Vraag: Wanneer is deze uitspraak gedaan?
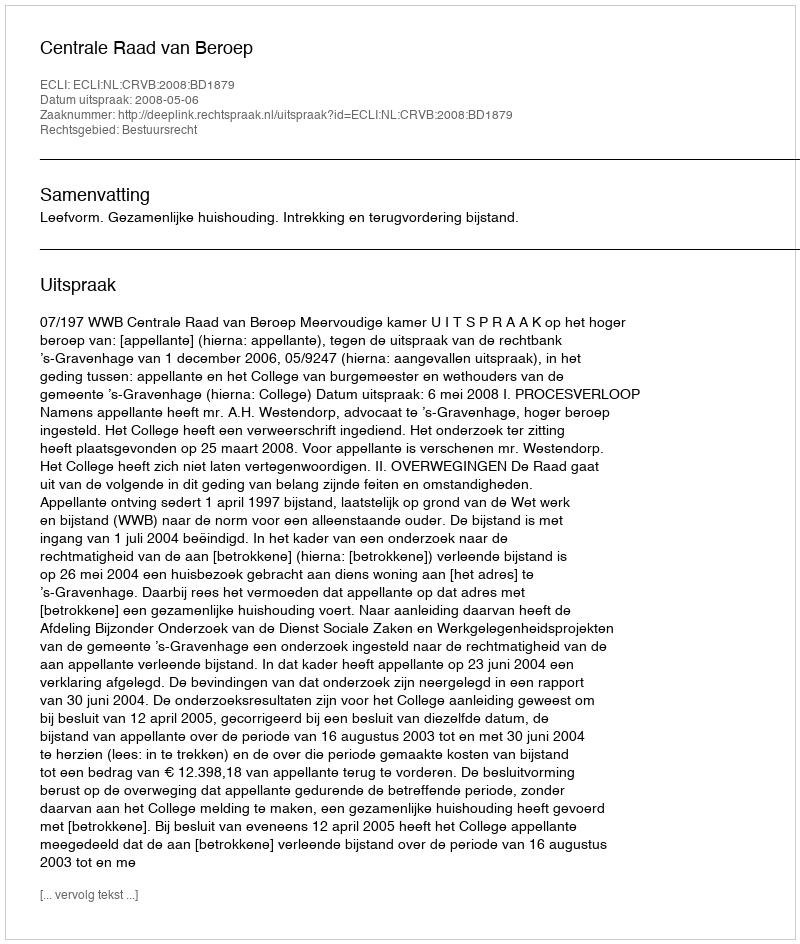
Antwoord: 2008-05-06